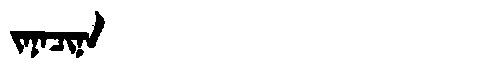
Manchu: ᠵᠠᠨᠠᠴᡳᠨᠠ
Romanization: JANACINA